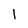
Character: l